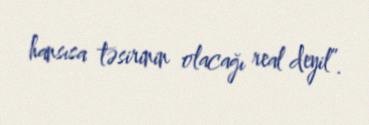
hansısa təsirinin olacağı real deyil”.